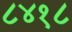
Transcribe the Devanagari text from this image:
८४१८